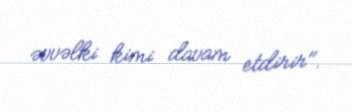
əvvəlki kimi davam etdirir".